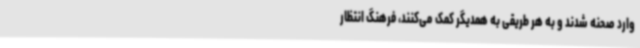
وارد صحنه شدند و به هر طریقی به همدیگر کمک می‌کنند، فرهنگ انتظار